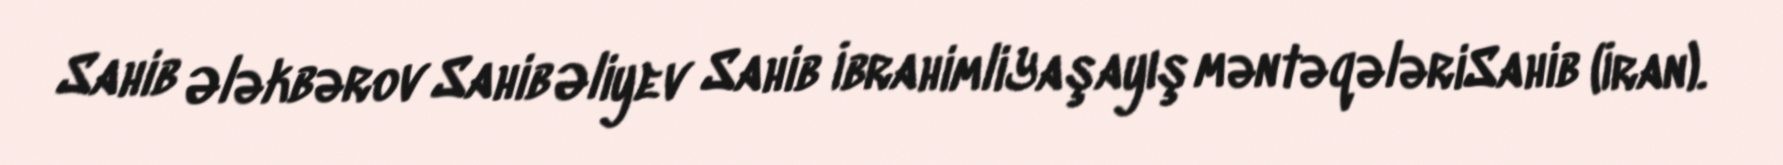
Sahib Ələkbərov Sahib Əliyev Sahib İbrahimliYaşayış məntəqələriSahib (İran).